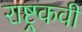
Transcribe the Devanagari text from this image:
राष्ट्रकवी